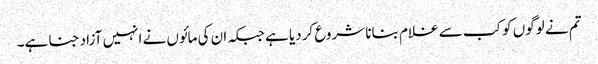
تم نے لوگوں کو کب سے غلام بنانا شروع کردیا ہے جبکہ ان کی مائوں نے انہیں آزاد جنا ہے۔